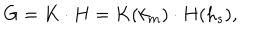
G = K \cdot H = K ( k _ { m } ) \cdot H ( h _ { s } ) ,